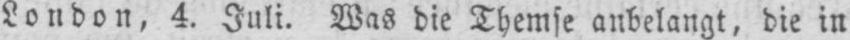
London, 4. Juli. Was die Themse anbelangt, die in